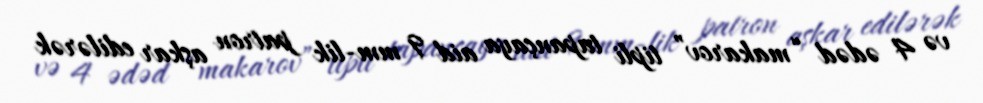
və 4 ədəd “makarov” tipli tapançaya aid 9 mm-lik patron aşkar edilərək